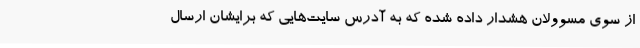
از سوی مسوولان هشدار داده شده که به آدرس‌ سایت‌هایی که برایشان ارسال